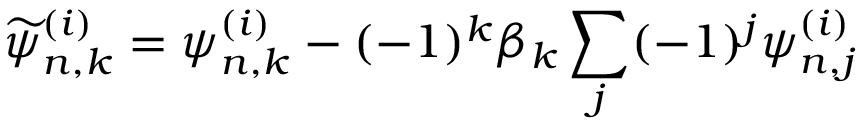
\displaystyle \widetilde { \psi } _ { n , k } ^ { ( i ) } = \psi _ { n , k } ^ { ( i ) } - ( - 1 ) ^ { k } \beta _ { k } \sum _ { j } ( - 1 ) ^ { j } \psi _ { n , j } ^ { ( i ) }